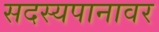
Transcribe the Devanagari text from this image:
सदस्यपानावर